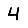
Digit: 4